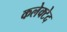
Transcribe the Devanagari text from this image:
कलेक्टेद